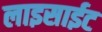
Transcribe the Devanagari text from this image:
लाइसाईट